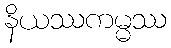
နိယဿကမ္မဿ